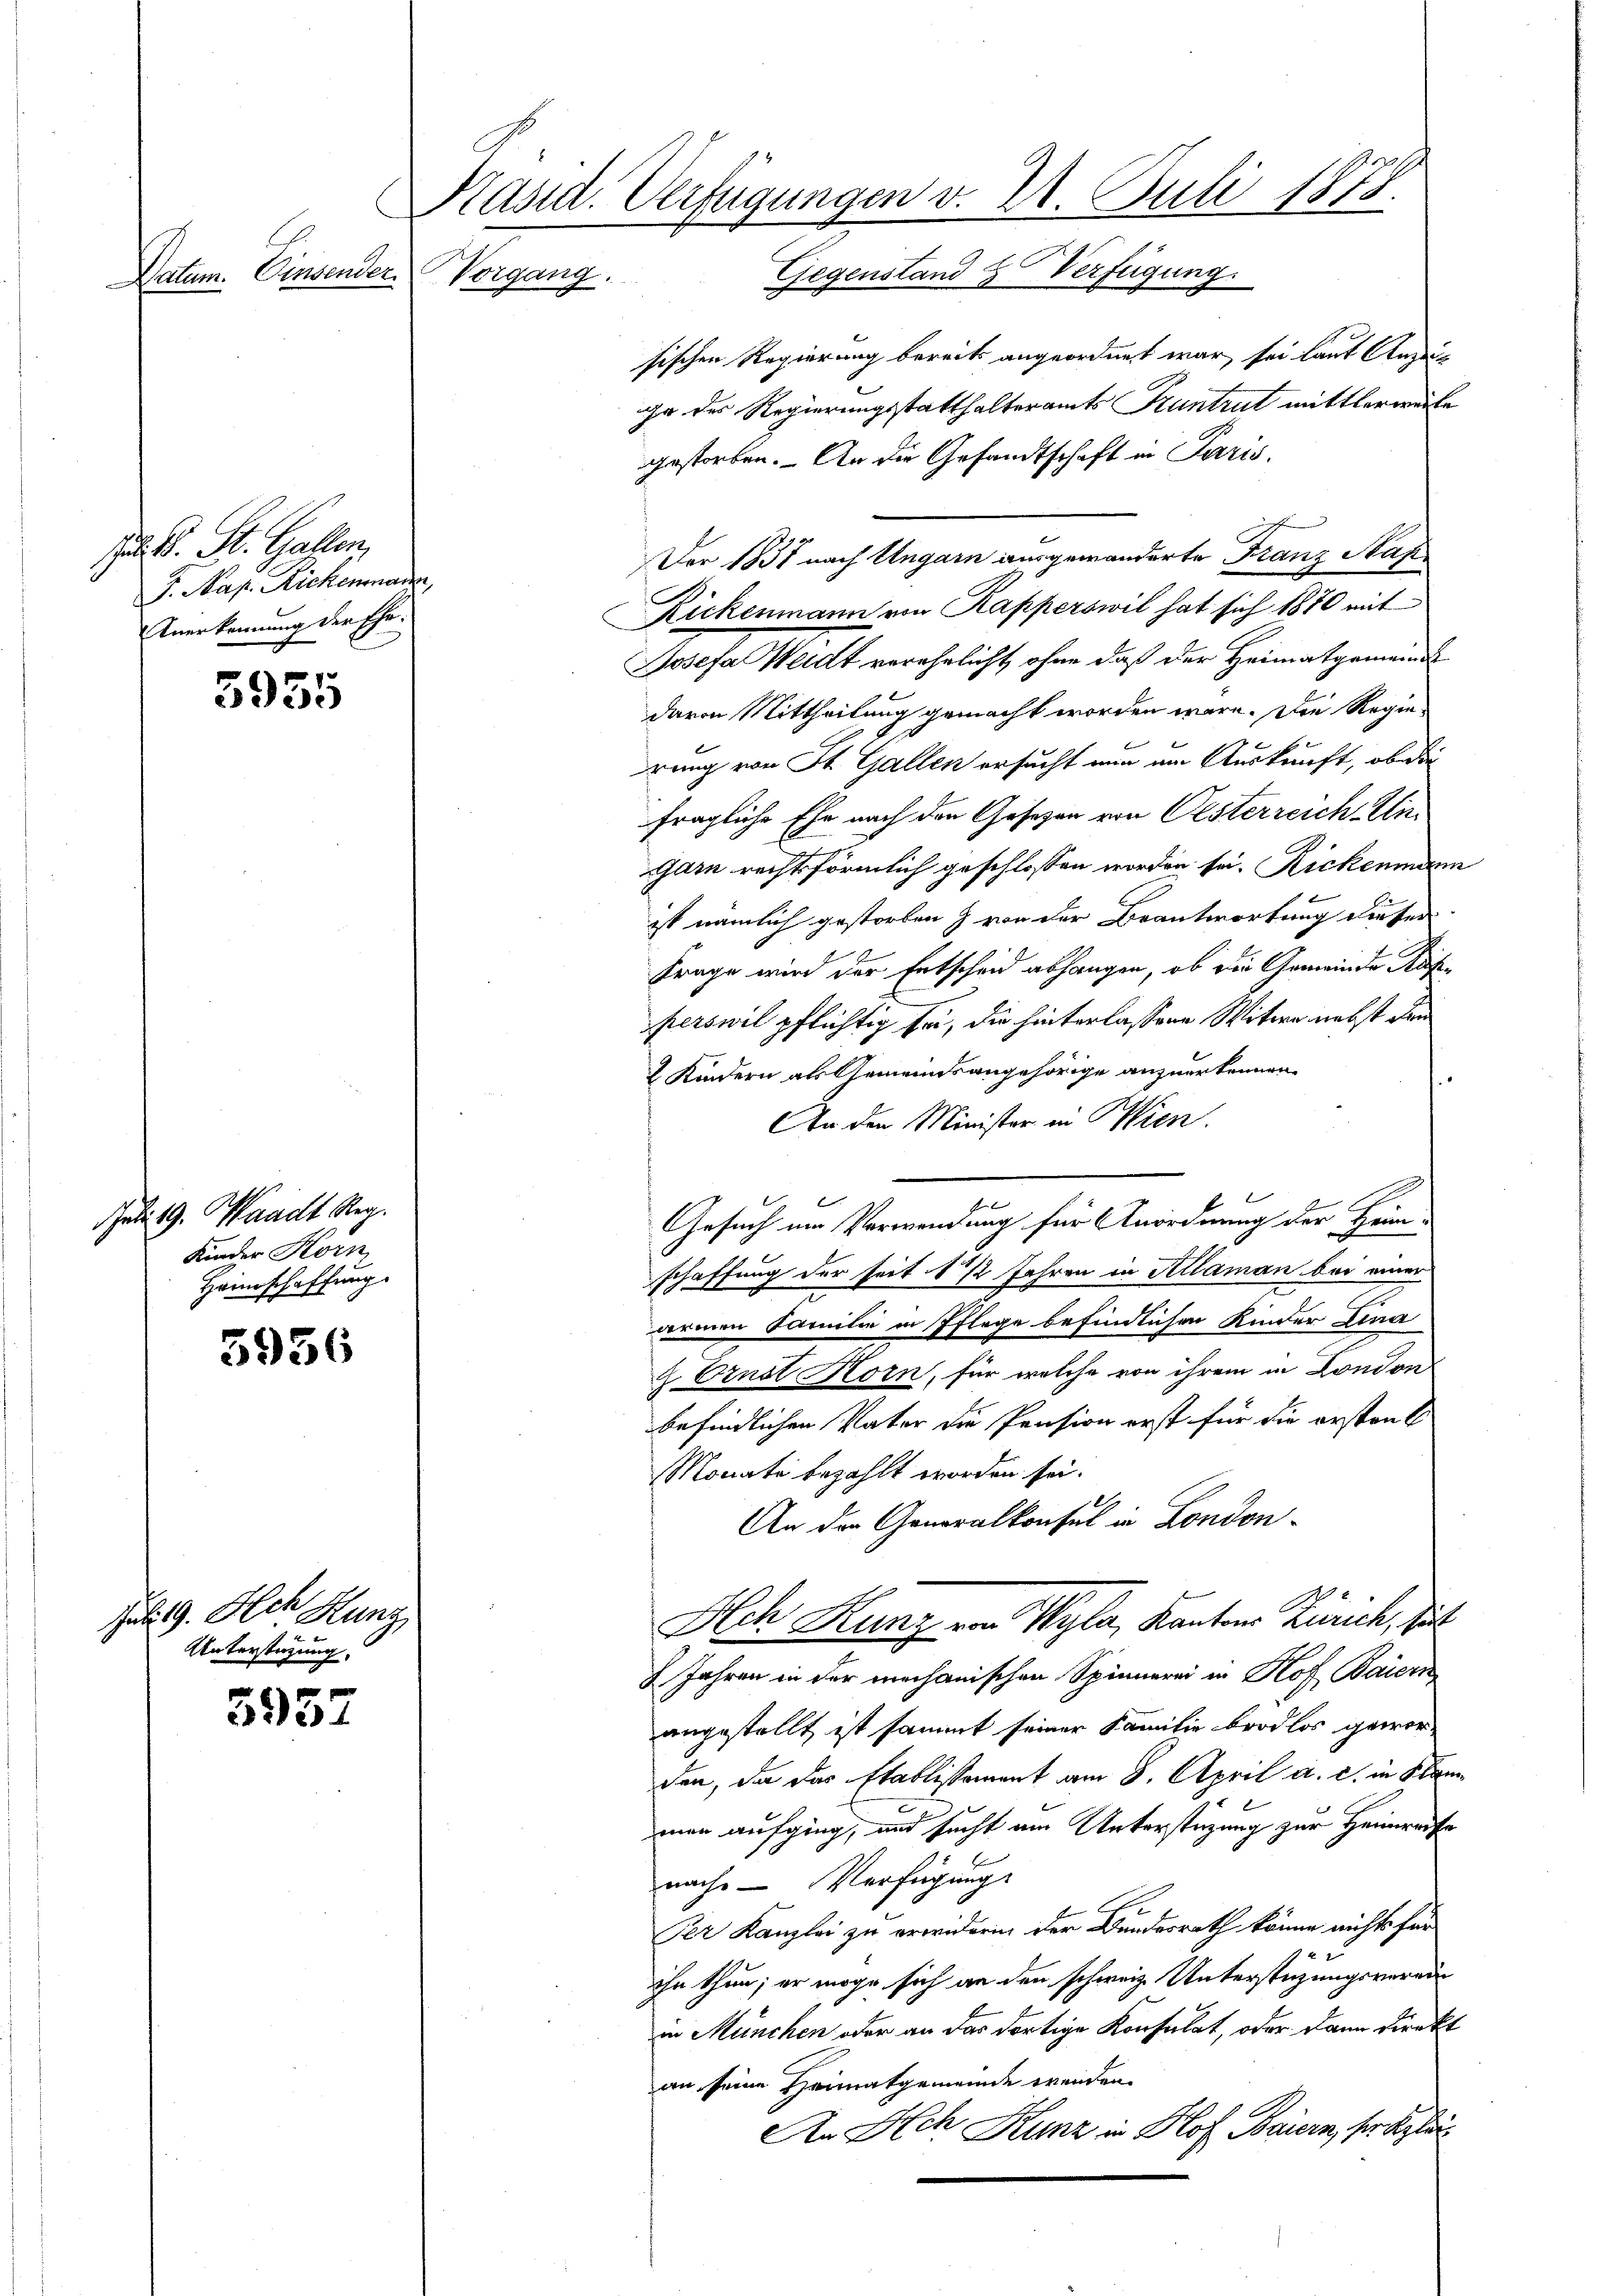
Datum. Einsender.

. B. St. Gallen,
F. Nap. Richenmann,
Anerkennung der Ehe.

5955

Juli 19. Waadt Reg.
Kinder Korn
Hannschaffung.

3956

Jul. 9. Ach Hunz
Unterstüzung.

5952

Präsid. Verfügungen v. 21. Juli 1878.
Vorgang. Gegenstand & Verfügung.

sischen Regierung bereits angeordnet war sei laut Anzeige des Regierungsstatthalteramts Fruntrut mittlerweite
gestorben. An die Gesandtschaft in Paris.
Der 1837 nach Ungarn ausgewanderte Franz Nase
Rickenmann von Kapperswil hat sich 1870 mit
Josefa Weidt verehelicht, ohne daß der Heimatgemeind
davon Mittheilung gemacht worden wäre. Die Regierung von St. Gallen ersucht nun am Auskunft, ob die
fragliche Ehe nach den Gesezen von Oesterreich Eingarn rechtsförmlich geschlossen worden sei. Rickenmann
ist nämlich gestorben & von der Beantwortung dieser
Frage wird der Entscheid abhangen, ob die Gemeinde Rusperswil pflichtig sei, die hinterlassene Witwe nebst dem
2 Kindern als Gemeindsangehörige anzuerkennen.
An den Minister in Wien.
Gesuch um Verwendung für Anordnung der Heim-
schaffung der seit 1 ½ Jahren in Allaman bei einer
armen Familie in Pflege befindlichen Kinder Lina
2 Ernst Korn, für welche von ihrem in London
befindlichen Vater die Pension erst für die erstant
Monate bezahlt worden sei.
An der Generalkonsul in London¬
Ach Hunz von Wyla, Kanton Zürich, sit
 Jahren in der mechanischen Spinnerei in Hof Baiern
angestellt ist sammt seiner Familie brodlos gewor-
den, da das Etablissement am 8. April a. c. in Kan
man aufging, und sucht am Unterstüzung zur Heimreise
nach Verfügung
Per Kanzlei zu erwiderin der Bundesrath könne nichts für
ihn thun; er möge sich an den schweiz. Unterstüzungsverein
in München oder an das dortige Konsulat, oder dann direkt
an seine Heimatgemeinde wenden.
An Ach Kunz in Hof Bauern, so